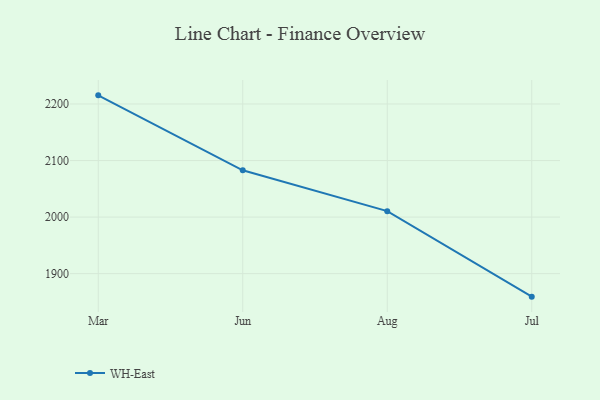
{"axis": {"x": "Month", "y": "Temperature (°C)"}, "legend": ["WH-East"], "data": [{"x": "Mar", "y": 2215.3, "type": "WH-East"}, {"x": "Jun", "y": 2082.7, "type": "WH-East"}, {"x": "Aug", "y": 2010.5, "type": "WH-East"}, {"x": "Jul", "y": 1859.3, "type": "WH-East"}]}